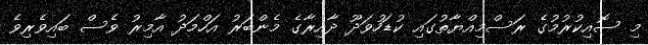
މި ސޮއިކުރުމުގެ ރަސްމިއްޔާތުގައި ކުޑަހުވަދޫ ދާއިރާގެ މެންބަރު އަހްމަދު އާމިރު ވެސް ބައިވެރިވެ